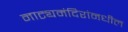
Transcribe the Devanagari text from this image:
नाट्यमंदिरांमधील